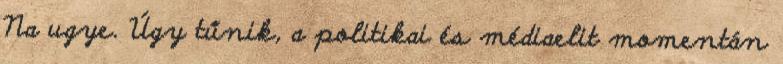
Na ugye. Úgy tűnik, a politikai és médiaelit momentán